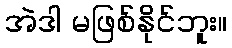
အဲဒါ မဖြစ်နိုင်ဘူး။